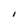
Character: I